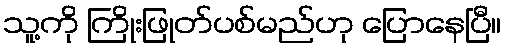
သူ့ကို ကြိုးဖြုတ်ပစ်မည်ဟု ပြောနေပြီ။